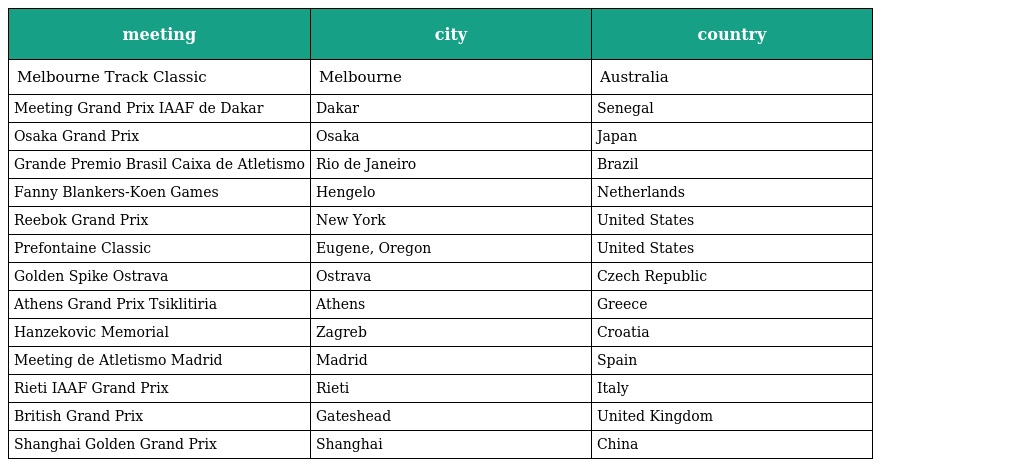
| meeting | city | country |
 | --- | --- | --- |
 | Melbourne Track Classic | Melbourne | Australia |
 | Meeting Grand Prix IAAF de Dakar | Dakar | Senegal |
 | Osaka Grand Prix | Osaka | Japan |
 | Grande Premio Brasil Caixa de Atletismo | Rio de Janeiro | Brazil |
 | Fanny Blankers-Koen Games | Hengelo | Netherlands |
 | Reebok Grand Prix | New York | United States |
 | Prefontaine Classic | Eugene, Oregon | United States |
 | Golden Spike Ostrava | Ostrava | Czech Republic |
 | Athens Grand Prix Tsiklitiria | Athens | Greece |
 | Hanzekovic Memorial | Zagreb | Croatia |
 | Meeting de Atletismo Madrid | Madrid | Spain |
 | Rieti IAAF Grand Prix | Rieti | Italy |
 | British Grand Prix | Gateshead | United Kingdom |
 | Shanghai Golden Grand Prix | Shanghai | China |